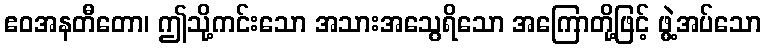
ဧဝအနတီတော၊ ဤသို့ကင်းသော အသားအသွေရိသော အကြောတို့ဖြင့် ဖွဲ့အပ်သော